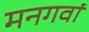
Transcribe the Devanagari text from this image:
मनगवां